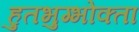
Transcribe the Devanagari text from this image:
हुतभुग्भोक्ता